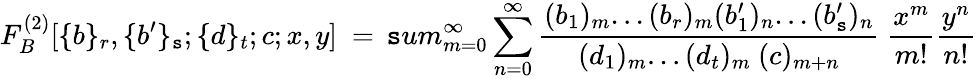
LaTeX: F_{B}^{(2)}[\{ b\} _{r},\{ b^{\prime}\} _{\mathtt{s}};\{ d\} _{t};c;x,y]\ =\, \mathtt{s}um_{m=0}^{\infty}\sum_{n=0}^{\infty}\frac{{(b_{1})_{m}...(b_{r})_{m}(b_{1}^{\prime})_{n}...(b_{\mathtt{s}}^{\prime})_{n}}}{{(d_{1})_{m}...(d_{t})_{m}\ (c)_{m+n}}}\ \frac{{x^{m}}}{{m!}}\frac{{y^{n}}}{{n!}}